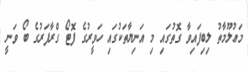
މަޢުލޫމާތު ލިބިފައިވާ ގޮތުގައި މި އަނިޔާތަކުގައި ހަވީރުގެ ފޮޓޯ ގްރާފަރުގެ ބޯ ވަނީ